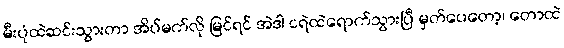
မီးပုံထဲဆင်းသွားတာ အိပ်မက်လို မြင်ရင် အဲဒါ ငရဲထဲရောက်သွားပြီ မှတ်ပေတော့၊ တောထဲ